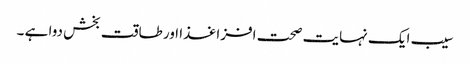
سیب ایک نہایت صحت افزا غذا اور طاقت بخش دوا ہے ۔